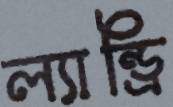
ল্যান্ড্রি